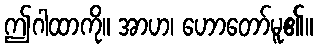
ဤဂါထာကို။ အာဟ၊ ဟောတော်မူ၏။